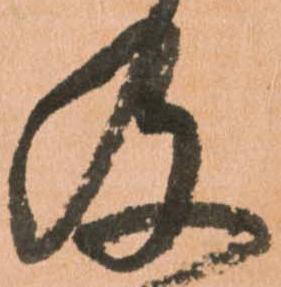
及